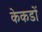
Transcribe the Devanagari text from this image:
केकडों